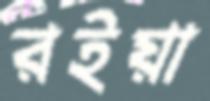
রইয়া